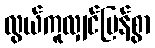
လွယ်ကူလျှင်မြန်စွာ